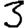
Digit: 3